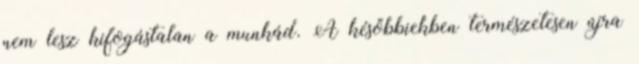
nem lesz kifogástalan a munkád. A későbbiekben természetesen újra